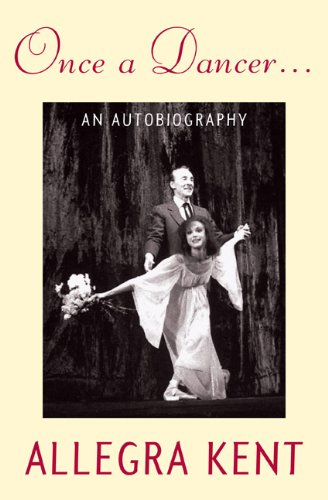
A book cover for Once A Dancer . . .: An Autobiography; Allegra Kent; Biographies & Memoirs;